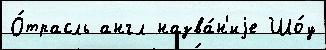
О́трасль англ назва́н'иjе Шо́у